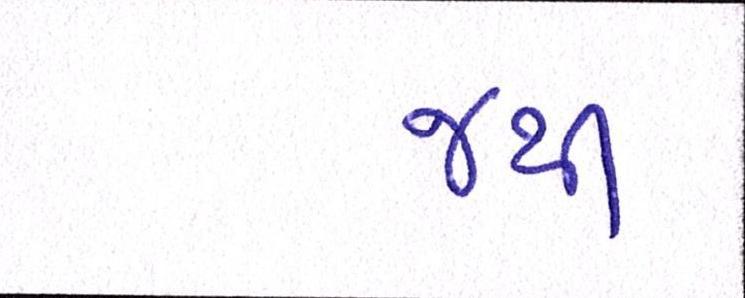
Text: જથી